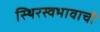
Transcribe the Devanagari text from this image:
स्थिरस्वभावाची